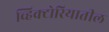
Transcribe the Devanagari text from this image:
व्हिक्टोरियातील